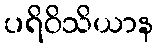
ပရိဝိသိယာန